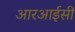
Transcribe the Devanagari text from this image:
आरआईसी